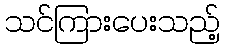
သင်ကြားပေးသည့်